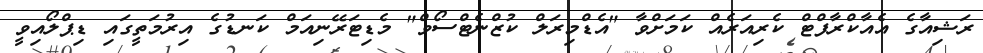
ރަޝިއާގެ އެއާކްރާފްޓް ކެރިއަރެއް ކަމަށްވާ "އެޑްމިރަލް ކުޒްނެޓްސޯވް" މެޑިޓަރޭނިއަމް ކަނޑުގެ އިރުމަތީގައި ޑިޕްލޯއިވީ